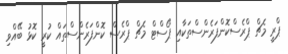
ޕްރީ މެޗް ޕްރެސްކޮންފަރެންސްތަކާއި ޕޯސްޓް މެޗް ޕްރެސް ކޮންފަރެންސްތައް ކުރީ ކޮޅު ބޭއްވި